Vital statistics of India. Vol. V, Reports of 1876 on armies & jails and on epidemic cholera
Year: 1876
Disease focus: Cholera
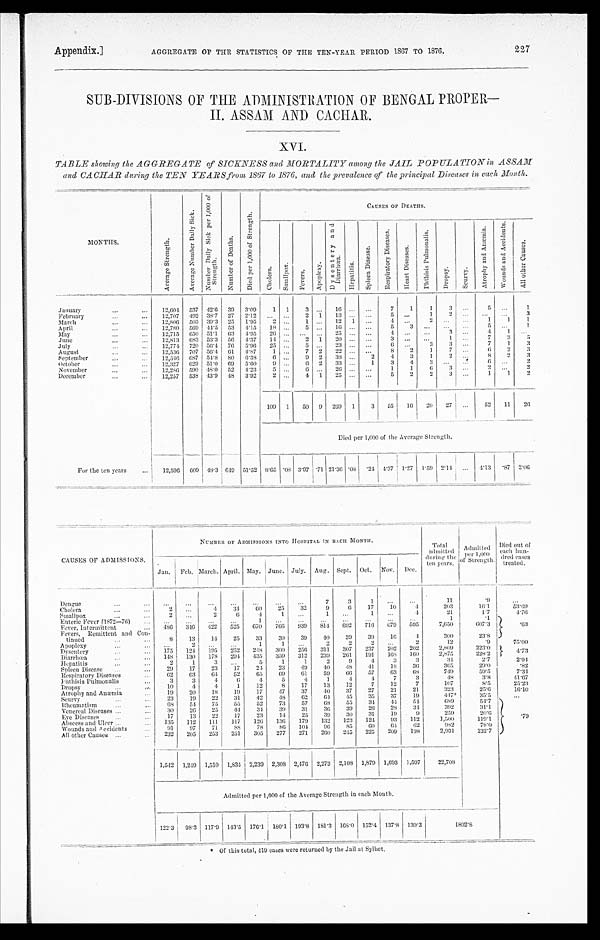
Appendix.]
AGGREGATE OF THE STATISTICS OF THE TEN-YEAR PERIOD 1867 TO 1876.
227
SUB-DIVISIONS OF THE ADMINISTRATION OF BENGAL PROPER—
II. ASSAM AND CACHAR.
XVI.
TABLE showing the AGGREGATE of SICKNESS and MORTALITY among the JAIL POPULATION in A S S A M
and CACHAR during the TEN YEARS from 1867 to 1876, and the prevalence of the principal Diseases in each Month.
MONTHS.
A v e r a g e S t r e n g t h .
A v e r a g e N u m b e r D a i l y S i c k .
N u m b e r D a i l y S i c k p e r 1 , 0 0 0 o f S t r e n g t h .
N u m b e r o f D e a t h s .
D i e d p e r 1 , 0 0 0 o f S t r e n g t h .
CAUSES OF DEATHS.
C h o l e r a.
S m a l l p o x
F e v e r s .
A p o p l e x y .
D y s e n t e r y a n d D i a r r h œ a .
H e p a t i t i s .
S p l e e n D i s e a s e .
R e s p i r a t o r y D i s e a s e .
H e a r t D i s e a s e s .
P h t h i s i s P u l m o n a l i s .
D r o p s y .
S c u r v y .
A t r o p h y a n d A n æ m i a .
W o u n d s a n d A c c i d e n t s .
A l l o t h e r C a u s e s .
January
12,604 537 42.6 39
3 . 0 9
1 1
3
. . .
16
. . .
. . .
7
1
1
3 ...
5
...
1
February
12,707 492 38.7 27
2 . 1 2
. . . ...
2 1
13
. . . ...
5
. . .
1
2
. . .
. . .
...
3
March
12,806 503 39.3 25
1 . 9 5
2
. . . 1
. . . 12
1
. . .
4
. . . 2
. . .
. . .
1 1
1
April
12,780 569 44.5 53
4 . 1 5 18 ...
5 ...
16 ...
. . .
5
3 ...
. . .
. . . 5 ...
1
May
12,715 650 51.1 63
4 . 9 5 26 ... ... ...
25 ... ...
4
. . .
. . . 3 ...
4
1
. . .
June
12,813 683 53.3
5 6
4 . 3 7 14 ...
2 1
20
. . . ...
3
. . .
. . .
1
. . . 7
3 5
July
12,774 720 56.4
7 6
5 . 9 6 25
. . .
5 ...
23 ...
. . .
6 ...
3 3 ...
7
1
3
August
...
12,536 707 56.4
6 1
4 . 8 7
1 ...
7 2
22 ...
. . .
8
2
1
7
. . . 6
2
3
September
12,546 687 54.8 80
6 . 3 8
6
. . . 9 2
38
. . .
2
4
3
1
2
. . . 8
2
3
October
12,327 629 51.0 69
5 . 6 0 9
. . .
6 2
33
. . .
1
3
4
3
. . .
. . .
6
. . . 2
November
12,286 590 48.0 52
4 . 2 3 5
. . .
6
. . . 26
. . .
. . . 1
1
6
3
. . .
2
. . . 2
De c e mbe r
12,257 538 43.9 48
3 . 9 2
2
. . .
4 1
25
. . .
. . .
5
2
2
3
. . .
1
1
2
109 1
50 9 269 1
3
55
16 20
27
. . . 52
11
26
Died per 1,000 of the Average Strength.
For the ten years
12,596 609 48.3 649 51.52 8.65 .08 3.97 .71 21.36 .08
. 2 4 4.37 1.27 1.59 2.14
. . . 4.13
. 87 2. 06
CAUSES OF ADMISSIONS.
NUMBER OF ADMISSIONS INTO HOSPITAL IN BACH MONTH.
T o t a l a d mi t t e d d u r i n g t h e t e n y e a r s .
A d m i t t e d p e r 1 , 0 0 0 o f S t r e n g t h .
Di ed out of each hun- dr ed cas es t r eat ed.
Jan. Feb. March. April. May. June. July. Aug. Sept. Oct. Nov. Dec.
Dengue
...
...
. . .
. . .
. . .
. . .
...
7
3
1
. . .
. . .
1 1
. 9
. . .
Cholera
2
. . .
4
34
60
25
32
9
6
17
10
4
203
1 6 . 1
5 3 . 6 9
Smallpox
2
. . .
2
6
4
1
. . .
1
. . .
1
. . .
4
21
1.7
4 . 7 6
Enteric Fever (1872—76)
...
...
...
...
1
. . . . . .
. . .
. . .
. . .
. . .
. . .
1
. 1
. 6 3
Fever, Intermittent
486
346 422
525
670
766
939
814
692
716 679 595
7,650
607.3
Fevers, Remittent and Con-
tinued
8
13
14
25
33
30
39
4 0 39
39
16
4
300
23.8
Apoplexy
. . .
2
. . .
. . .
1
1
. . .
2
2
2 ...
2
12
. 9
75.00
Dysentery
175
124 195
252
248
300
256
311 307
237
202
202
2,809
2 2 3 . 0
4 . 7 3
Diarrhœa
148
130
178 294 435
359
312
239
261
191
168 160
2,875
2 2 8 . 2
Hepatitis
2
1
3 ...
5
1
1
2
9
4
3
3
3 4
2 . 7
2 . 9 4
Spleen Disease
29
17
23
17
24
23
49
40
48
41
1 8
3 6
3 6 5
2 9 . 0
. 8 2
Respiratory Diseases
62
6 3 64
52
65
69
6 1
59
66
57
6 3
6 8
7 4 9
5 9 . 5
7 . 3 4
Phthisis Pulmonalis
3
3
4
6
4
5
4
1
4
4
7
3
4 8
3 . 8
4 1 . 6 7
Dropsy
10
4
4
1
12
8
17
13
12
7
12
7
107
8.5
25.23
Atrophy and Anæmia
19
20
18
19
17
47
37
40
37
27
21
21
323
2 5 . 6
1 6 . 1 0
Scurvy
2 3 19
22
31
42
48
62
6 4 45
3 5
3 7
1 9
4 4 7 *
3 5 . 5
...
Rheumatism
68
54
75
55
52
73
57
68
55
3 4
4 4
5 4
6 8 9
5 4 . 7
. 7 9
Venereal Diseases
30
26
25
44
34
3 9
3 1
36
39
26
28
34
3 9 2
3 1 . 1
Eye Diseases
17
13
22
17
23
14
25
39
30
31
19
9
259
2 0 . 6
Abscess and Ulcer
135
112
111
117
126 136 179 132
123 124
93
112
3 , 5 0 0
1 1 9 . 1
Wounds and Accidents
91
97
71
88
78
86 104
96
85
60
6 4 62
982
7 8 . 0
All other Causes
232
205
253
251
305
277
271
260 245
225
209
198
2,931
2 3 2 . 7
1,542 1,249 1,510 1,834 2,239 2,308 2,47 6 2,273 2,108 1,879 1,693 1,597
22,708
Admitted per 1,000 of the Average Strength in each Month.
122.3
9 8 . 3
117.9 143.5 176.1 180.1 193.8 181.3 168.0 152.4 137.8 130.3
1802.8
* Of this total, 419 cases were returned by the Jail at Sylhet.